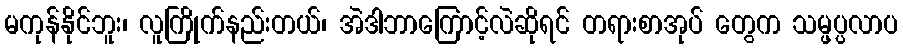
မကုန်နိုင်ဘူး၊ လူကြိုက်နည်းတယ်၊ အဲဒါဘာကြောင့်လဲဆိုရင် တရားစာအုပ် တွေက သမ္ဖပ္ပလာပ